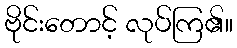
ဗိုင်းတောင့် လုပ်ကြ၏။